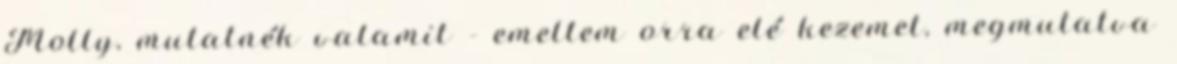
Molly, mutatnék valamit - emeltem orra elé kezemet, megmutatva